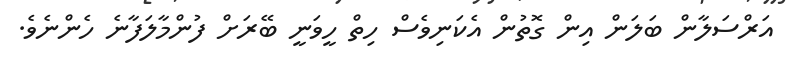
އަރްސަލާން ބަލަން އިން ގޮތުން އެކަނިވެސް ހިތް ހީވަނީ ބޭރަށް ފުންމާލަފާނެ ހެންނެވެ.